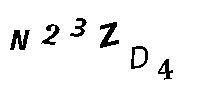
N23ZD4